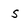
Character: s